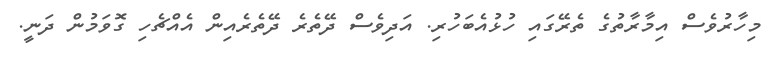
މިހާރުވެސް އިމާރާތުގެ ތެރޭގައި ހުޅުއެބަހުރި. އަދިވެސް ދޭތެރެ ދޭތެރެއިން އެއްޗެހި ގޮވަމުން ދަނީ.